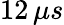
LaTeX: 12\, \mu s